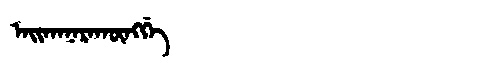
Manchu: ᠠᡳᡴᠠᠨᠠᡵᠠᡴᡡᠩᡤᡝ
Romanization: AIKANARAKŪNGGE